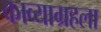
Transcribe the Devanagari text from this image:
काव्याग्रहला